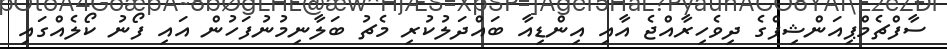
ސާފްޗެމްޕިއަންޝިޕްގެ ދިވެހިރާއްޖެ އާއި އިންޑިއާ ބައްދަލުކުރި މެޗު ބަލާނިމުނުފަހުން އައި ފޯނު ކޯލެއްގައި